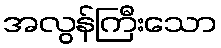
အလွန်ကြီးသော